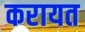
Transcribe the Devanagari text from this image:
करायत